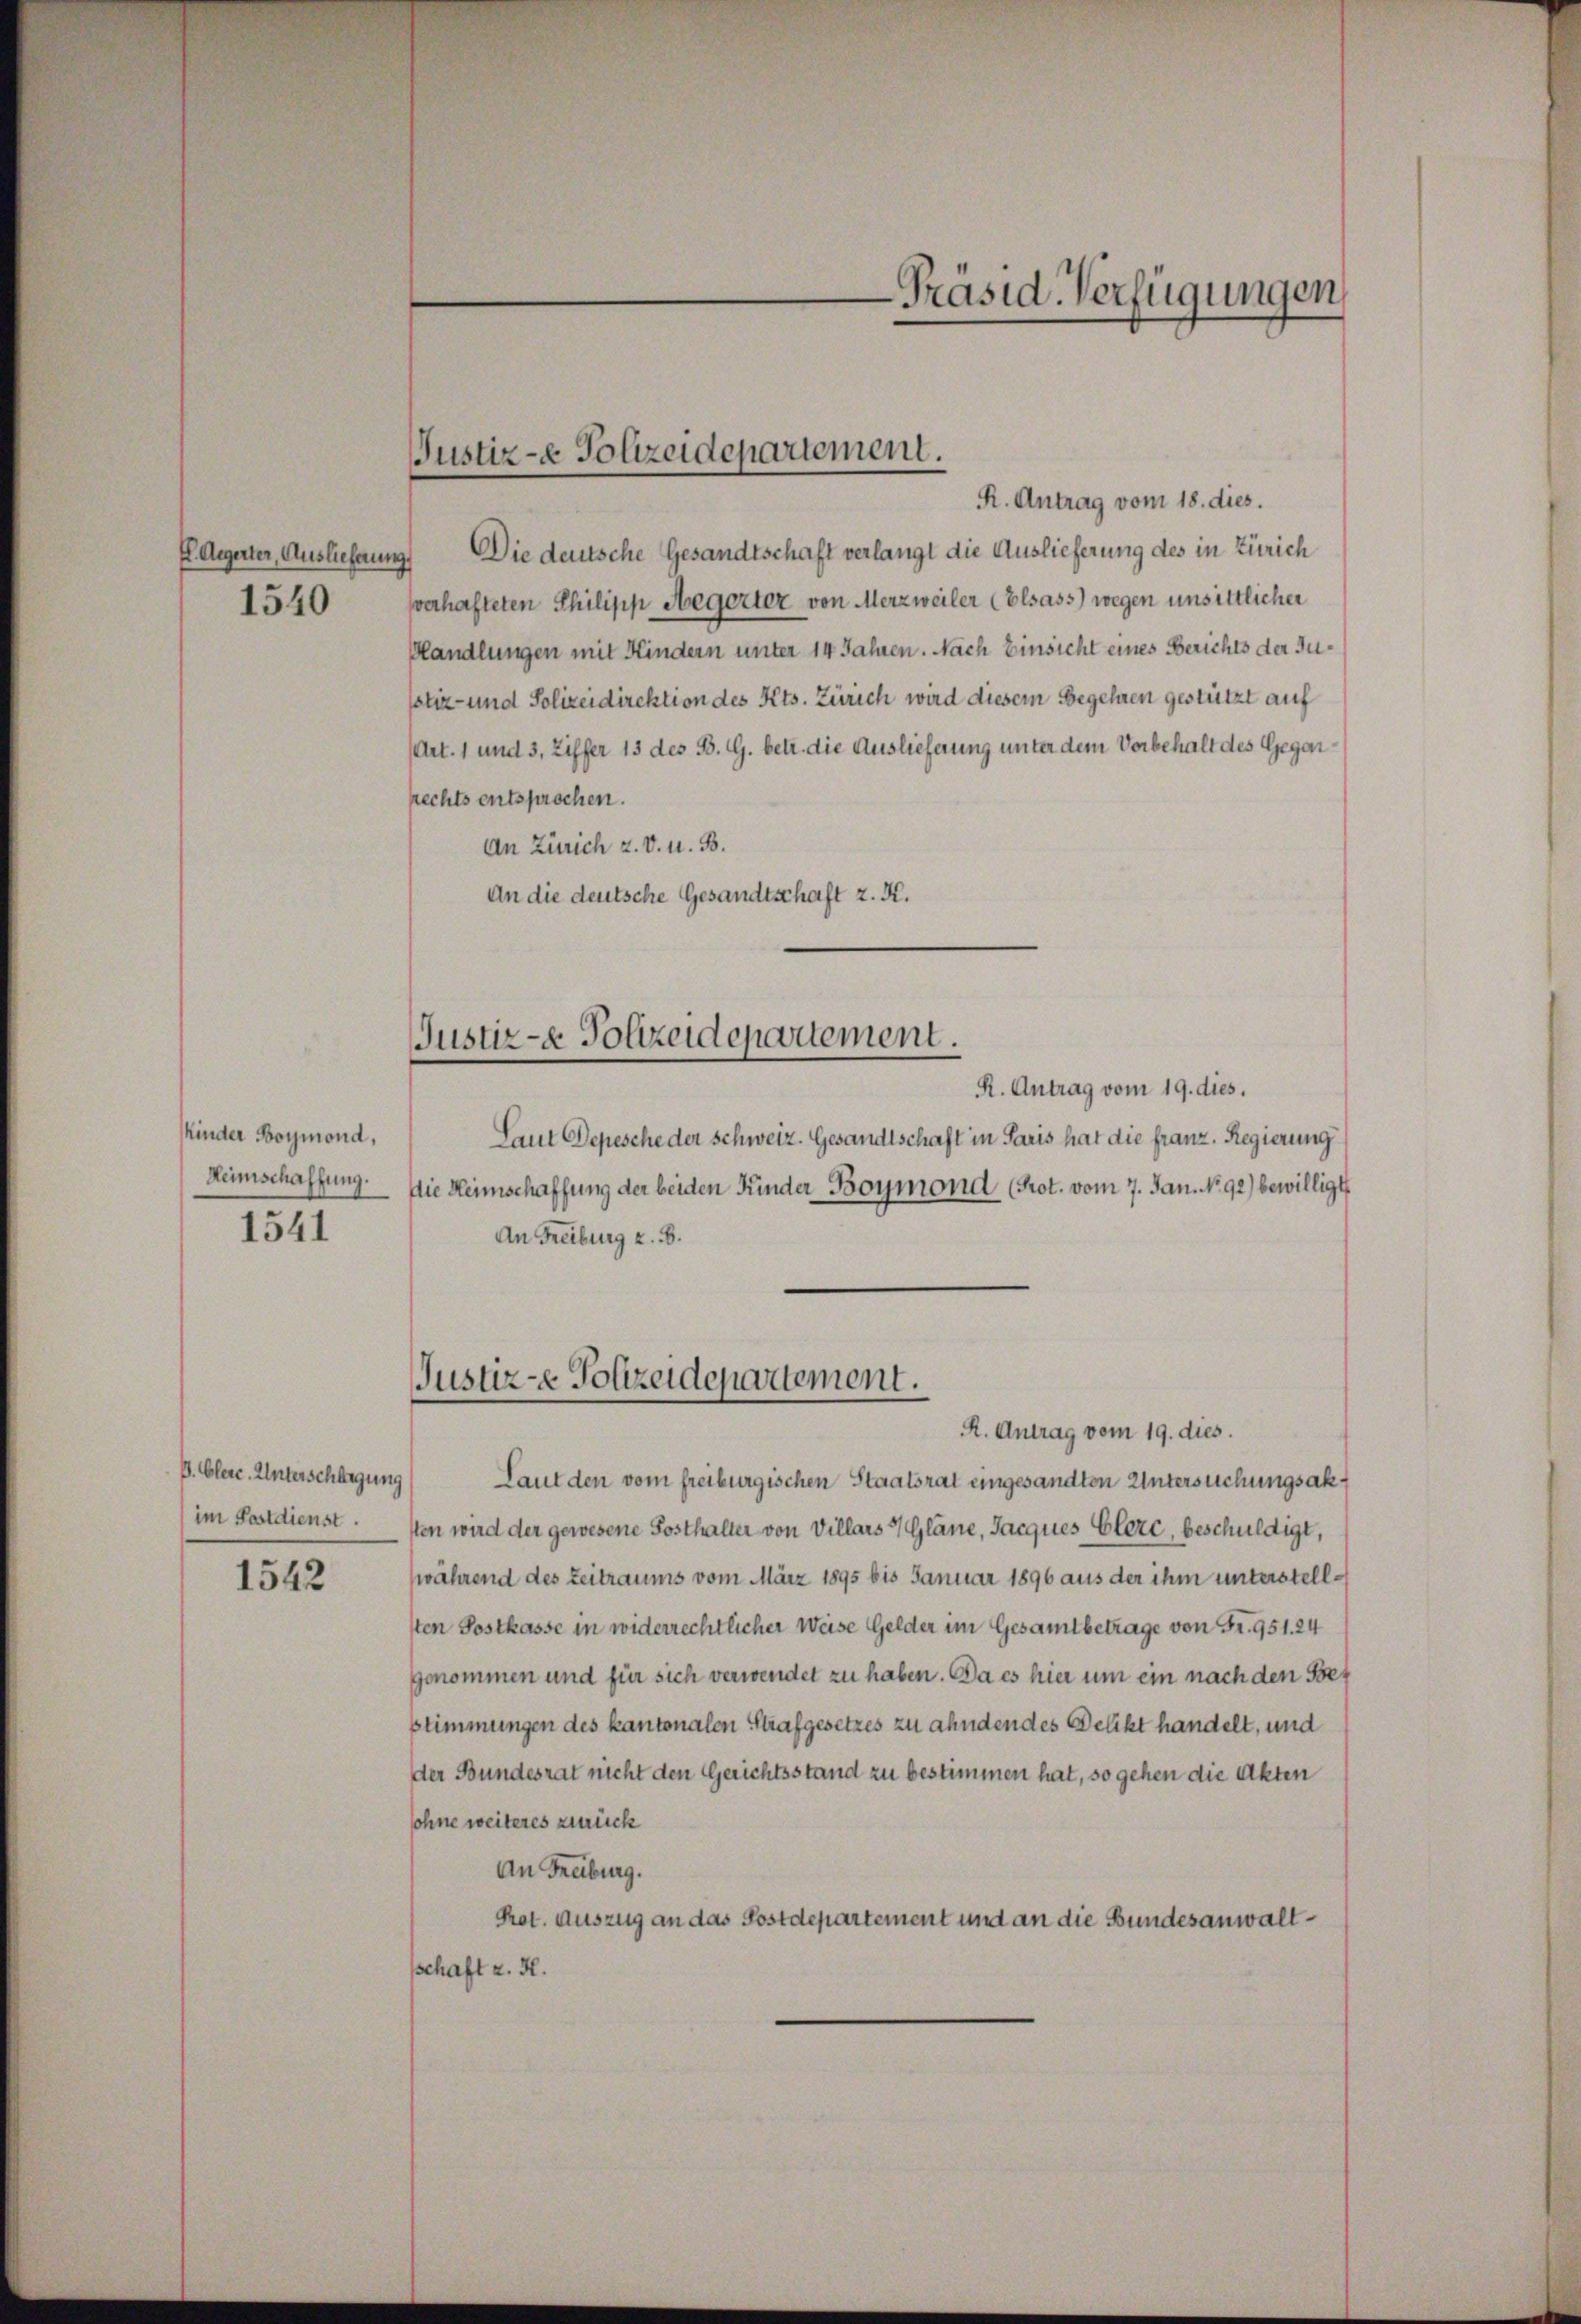
1540

R. Antrag vom 18. dies.
E. Aegerter, Auslieferung. Die deutsche Gesandtschaft verlangt die Auslieferung des in Zürich
sverhafteten Philipp Aegerter von Merzweiler (Elsass) wegen unsittlicher
Phandlungen mit Kindern unter 14 Jahren. Nach Einsicht eines Berichts der Jupstiz- und Polizeidirektion des Kts. Zürich wird diesem Begehren gestützt auf
(Art. 1 und 3, Ziffer 15 des B. G. betr. die Auslieferung unter dem Vorbehalt des Gegan¬
Rechts entsprochen.
An Zürich z. v. u. B.
An die deutsche Gesandtschaft z. K.
R. Antrag vom 19. dies.
Laut Depesche der Schweiz. Gesandtschaft in Paris hat die franz. Regierung
die Heimschaffung der beiden Kinder Boymond (Prot. vom 7. Jan. No 92) bewilligt
An Freiburg z. B.
Justiz-e Polizeidepartement.
R. Antrag vom 19. dies.
Laut den vom freiburgischen Staatsrat eingesandten Untersuchungsakt
sten wird der gewesene Sosthalter von Villars Gläne, Jacques Glerc, beschuldigt,
(während des Zeitraums vom März 1895 bis Januar 1896 aus der ihm unterstellsten Postkasse in widerrechtlicher Weise Gelder im Gesamtbetrage von Fr. 951. 24
genommen und für sich verwendet zu haben. Da es hier um ein nach den Sort
stimmungen des kantonalen Strafgesetzes zu ahndendes Delikt handelt, und
der Bundesrat nicht den Gerichtsstand zu bestimmen hat, so gehen die Akten
sohne weiteres zurück
An Freiburg.
Prot. Auszug an das Postdepartement und an die Bundesanwaltschaft z. H.

Kinder Boymond,
Heimschaffung.
1541

B. Blere. Unterschlagung
im Postdienst.

1542

Justiz- & Polizeidepartement.

Justiz- & Polizeidepartement.

Präsid. Verfügungen